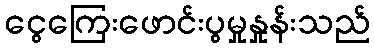
ငွေကြေးဖောင်းပွမှုနှုန်းသည်